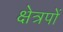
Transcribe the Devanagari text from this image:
क्षेत्रपों